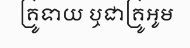
គ្រូទាយ ឬជាគ្រូអូម